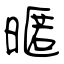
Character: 暱